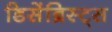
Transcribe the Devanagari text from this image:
डिसेंब्रिस्ट्स